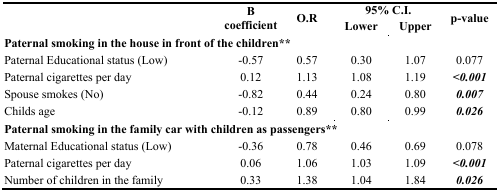
<table><thead><tr><td rowspan="2"></td><td rowspan="2"><b>B coefficient</b></td><td rowspan="2"><b>O.R</b></td><td colspan="2"><b>95% C.I.</b></td><td rowspan="2"><b>p-value</b></td></tr><tr><td><b>Lower</b></td><td><b>Upper</b></td></tr></thead><tbody><tr><td colspan="6"><b>Paternal smoking in the house in front of the children**</b></td></tr><tr><td>Paternal Educational status (Low)</td><td>−0.57</td><td>0.57</td><td>0.30</td><td>1.07</td><td>0.077</td></tr><tr><td>Paternal cigarettes per day</td><td>0.12</td><td>1.13</td><td>1.08</td><td>1.19</td><td><b><i>&lt;0.001</i></b></td></tr><tr><td>Spouse smokes (No)</td><td>−0.82</td><td>0.44</td><td>0.24</td><td>0.80</td><td><b><i>0.007</i></b></td></tr><tr><td>Childs age</td><td>−0.12</td><td>0.89</td><td>0.80</td><td>0.99</td><td><b><i>0.026</i></b></td></tr><tr><td colspan="6"><b>Paternal smoking in the family car with children as passengers**</b></td></tr><tr><td>Maternal Educational status (Low)</td><td>−0.36</td><td>0.78</td><td>0.46</td><td>0.69</td><td>0.078</td></tr><tr><td>Paternal cigarettes per day</td><td>0.06</td><td>1.06</td><td>1.03</td><td>1.09</td><td><b><i>&lt;0.001</i></b></td></tr><tr><td>Number of children in the family</td><td>0.33</td><td>1.38</td><td>1.04</td><td>1.84</td><td><b><i>0.026</i></b></td></tr></tbody></table>